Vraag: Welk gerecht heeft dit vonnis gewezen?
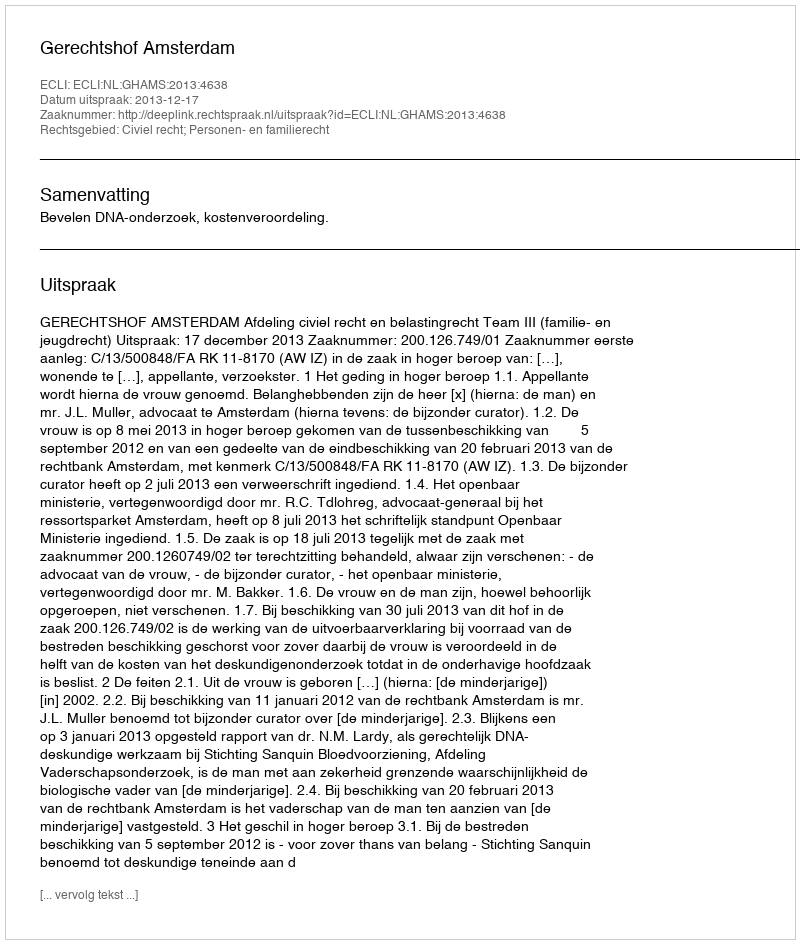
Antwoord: Gerechtshof Amsterdam